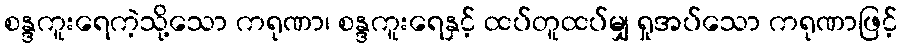
စန္ဒကူးရေကဲ့သို့သော ကရုဏာ၊ စန္ဒကူးရေနှင့် ထပ်တူထပ်မျှ ရှုအပ်သော ကရုဏာဖြင့်